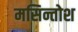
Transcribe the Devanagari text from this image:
मसिन्तोश